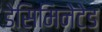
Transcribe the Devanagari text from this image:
डेसिमिनेटेड